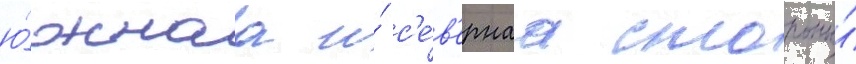
ю́жнаа и́ с'е́в'ернаа стороны́